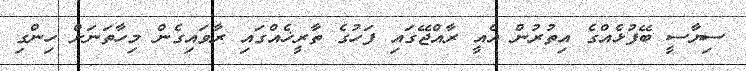
ސިޔާސީ ބޭފުޅެއްގެ އިތުރުން އެއީ ރާއްޖޭގައި ފަހުގެ ތާރީޚެއްގައި ރާވައިގެން މިހާތަނަށް ހިންގި